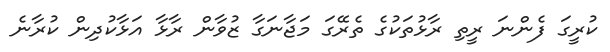
ކުރީގަ ފެންނަ ރީތި ރާޅުތަކުގެ ތެރޭގަ މަޖާނަގާ ޒުވާން ރާޅާ އަޅާކުދިން ކުރާނެ